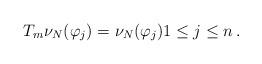
LaTeX: \begin{align*}T_m \nu_N(\varphi_j)= \nu_N(\varphi_j) 1 \leq j \leq n \,.\end{align*}